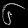
Digit: ၆